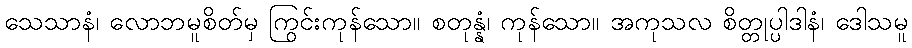
သေသာနံ၊ လောဘမူစိတ်မှ ကြွင်းကုန်သော။ စတုန္နံ၊ ကုန်သော။ အကုသလ စိတ္တုပ္ပါဒါနံ၊ ဒေါသမူ